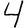
Digit: 4